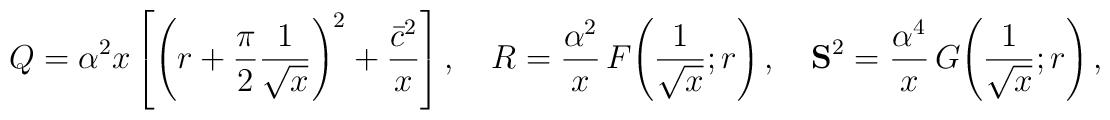
Q = \alpha^2 x \left[ \left( r +\frac{\pi}{2}\frac{1}{\sqrt{x}}   \right)^2 +\frac{\bar{c}^2}{x} \right],\quad  R = \frac{\alpha^2}{x}\,F\!\left( \frac{1}{\sqrt{x}}; r \right),   \quad  {\bf S}^2 = \frac{\alpha^4}{x}\,  G\!\left( \frac{1}{\sqrt{x}}; r \right),